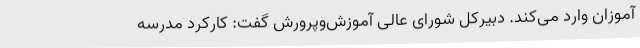
آموزان وارد می‌کند. دبیرکل شورای عالی آموزش‌وپرورش گفت: کارکرد مدرسه